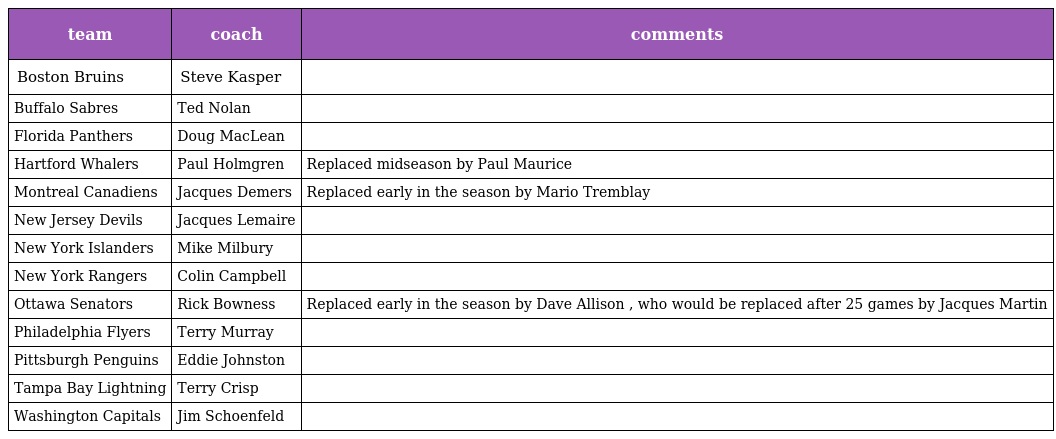
| team | coach | comments |
 | --- | --- | --- |
 | Boston Bruins | Steve Kasper |  |
 | Buffalo Sabres | Ted Nolan |  |
 | Florida Panthers | Doug MacLean |  |
 | Hartford Whalers | Paul Holmgren | Replaced midseason by Paul Maurice |
 | Montreal Canadiens | Jacques Demers | Replaced early in the season by Mario Tremblay |
 | New Jersey Devils | Jacques Lemaire |  |
 | New York Islanders | Mike Milbury |  |
 | New York Rangers | Colin Campbell |  |
 | Ottawa Senators | Rick Bowness | Replaced early in the season by Dave Allison , who would be replaced after 25 games by Jacques Martin |
 | Philadelphia Flyers | Terry Murray |  |
 | Pittsburgh Penguins | Eddie Johnston |  |
 | Tampa Bay Lightning | Terry Crisp |  |
 | Washington Capitals | Jim Schoenfeld |  |